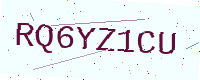
Text: RQ6YZ1CU